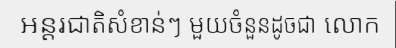
អន្តរជាតិសំខាន់ៗ មួយចំនួនដូចជា លោក